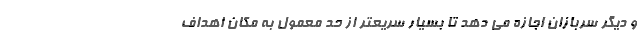
و دیگر سربازان اجازه می دهد تا بسیار سریعتر از حد معمول به مکان اهداف